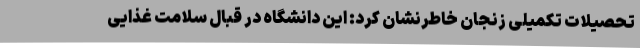
تحصیلات تکمیلی زنجان خاطرنشان کرد: این دانشگاه در قبال سلامت غذایی